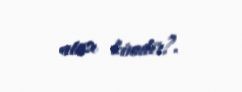
atası kimdir?.